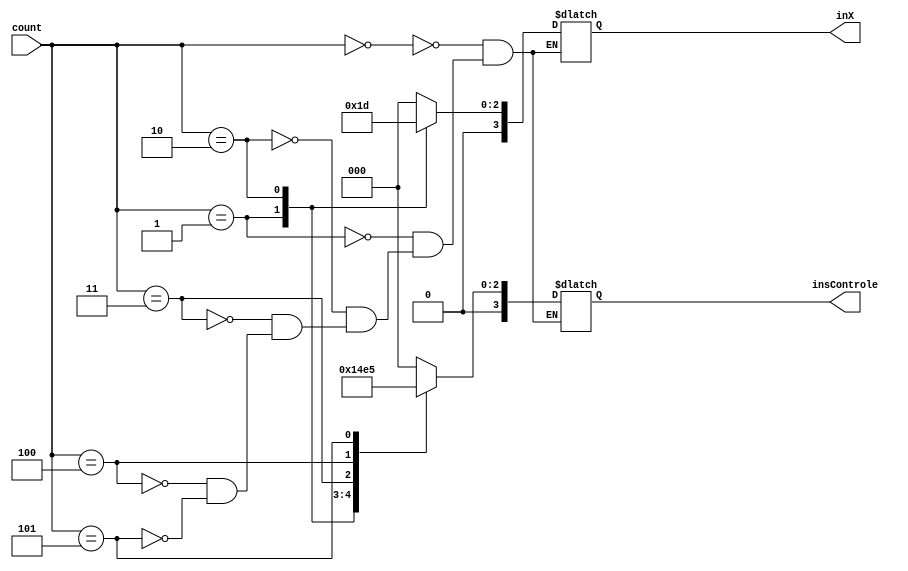
module memoria(count, inX, insControle);

input wire[3:0] count;
output reg [3:0] inX;
output reg [3:0] insControle;

parameter A = 3;
parameter B = 5;

always begin
	case(count)
		4'b0000 : begin
			insControle <= 4'b0000;
			inX <= 0;
			end
			
		4'b0001 : begin
			insControle <= 4'b0001;
			inX <= A;
			end
			
		4'b0010 : begin
			insControle <= 4'b0010;
			inX <= B;
			end
			
		4'b0011 : begin
			insControle <= 4'b0011;
			inX <= 0;
			end
			
		4'b0100 : begin
			insControle <= 4'b0100;
			inX <= 0;
			end
			
		4'b0101 : begin
			insControle <= 4'b0101;
			inX <= 0;
			end
				
	endcase
end
endmodule